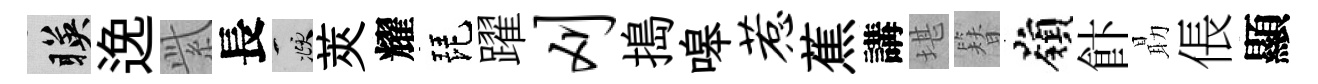
暎𨓜𬗋長頫莢耀琵躍刈搗嗥惹蕉講堪簪嶺飰朂倀顯